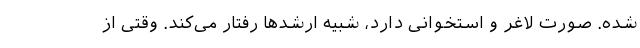
شده. صورت لاغر و استخوانی دارد، شبیه ارشدها رفتار می‌کند. وقتی از